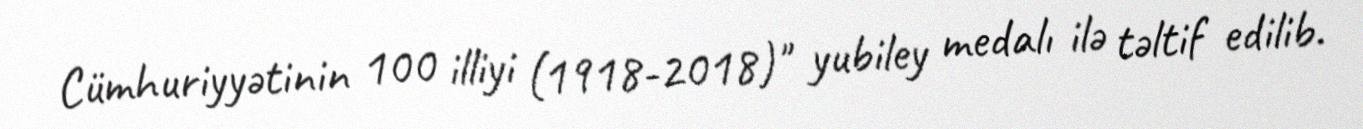
Cümhuriyyətinin 100 illiyi (1918-2018)" yubiley medalı ilə təltif edilib.